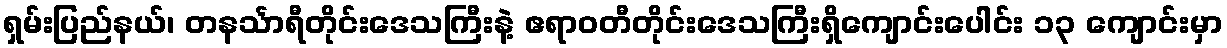
ရှမ်းပြည်နယ်၊ တနင်္သာရီတိုင်းဒေသကြီးနဲ့ ဧရာဝတီတိုင်းဒေသကြီးရှိကျောင်းပေါင်း ၁၃ ကျောင်းမှာ